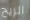
الريح